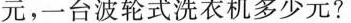
元，一台波轮式洗衣机多少元?